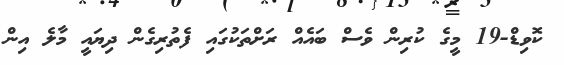
ކޮވިޑް-19 މީގެ ކުރިން ވެސް ބައެއް ރަށްތަކުގައި ފެތުރިގެން ދިޔައީ މާލެ އިން